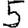
Digit: 5